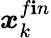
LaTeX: \boldsymbol{x}_{k}^{f\mathbf{i}n}